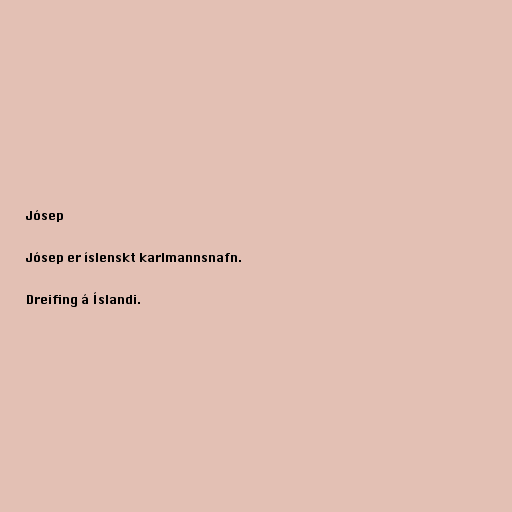
Jósep

Jósep er íslenskt karlmannsnafn.

Dreifing á Íslandi.